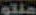
ملتو